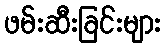
ဖမ်းဆီးခြင်းများ